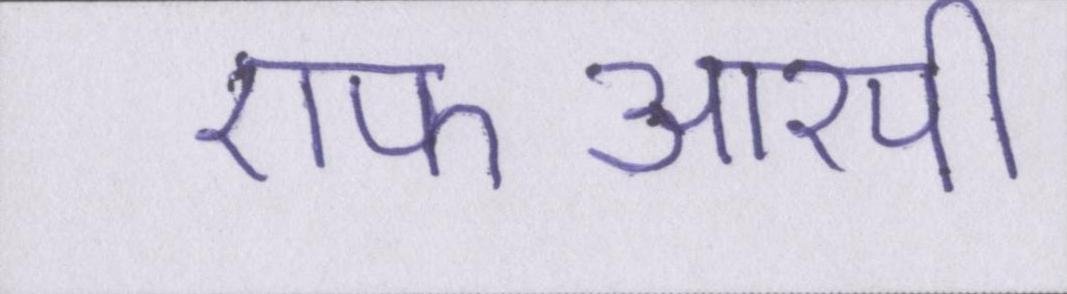
एफआरपी